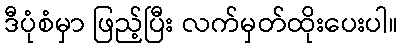
ဒီပုံစံမှာ ဖြည့်ပြီး လက်မှတ်ထိုးပေးပါ။